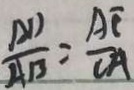
\frac { A D } { A B } = \frac { A E } { C A }